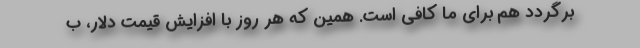
برگردد هم برای ما کافی است. همین که هر روز با افزایش قیمت دلار، ب